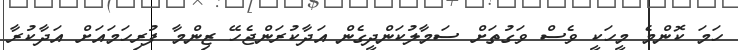
ހަމަ ކޮންމެ މީހަކީ ވެސް ވަގުތަށް ސަމާލުކަންދީގެން އަދާކުރަންޖެހޭ ޒިންމާ ފުރިހަމައަށް އަދާކުރާ